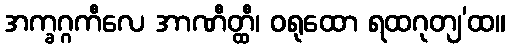
အက္ခဂ္ဂကီလေ အာဏီတ္ထီ၊ ဝရုထော ရထဂုတျ’ထ။